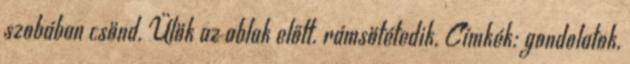
szobában csönd. Ülök az ablak előtt. rámsötétedik. Címkék: gondolatok,